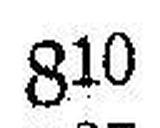
810